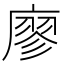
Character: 廖